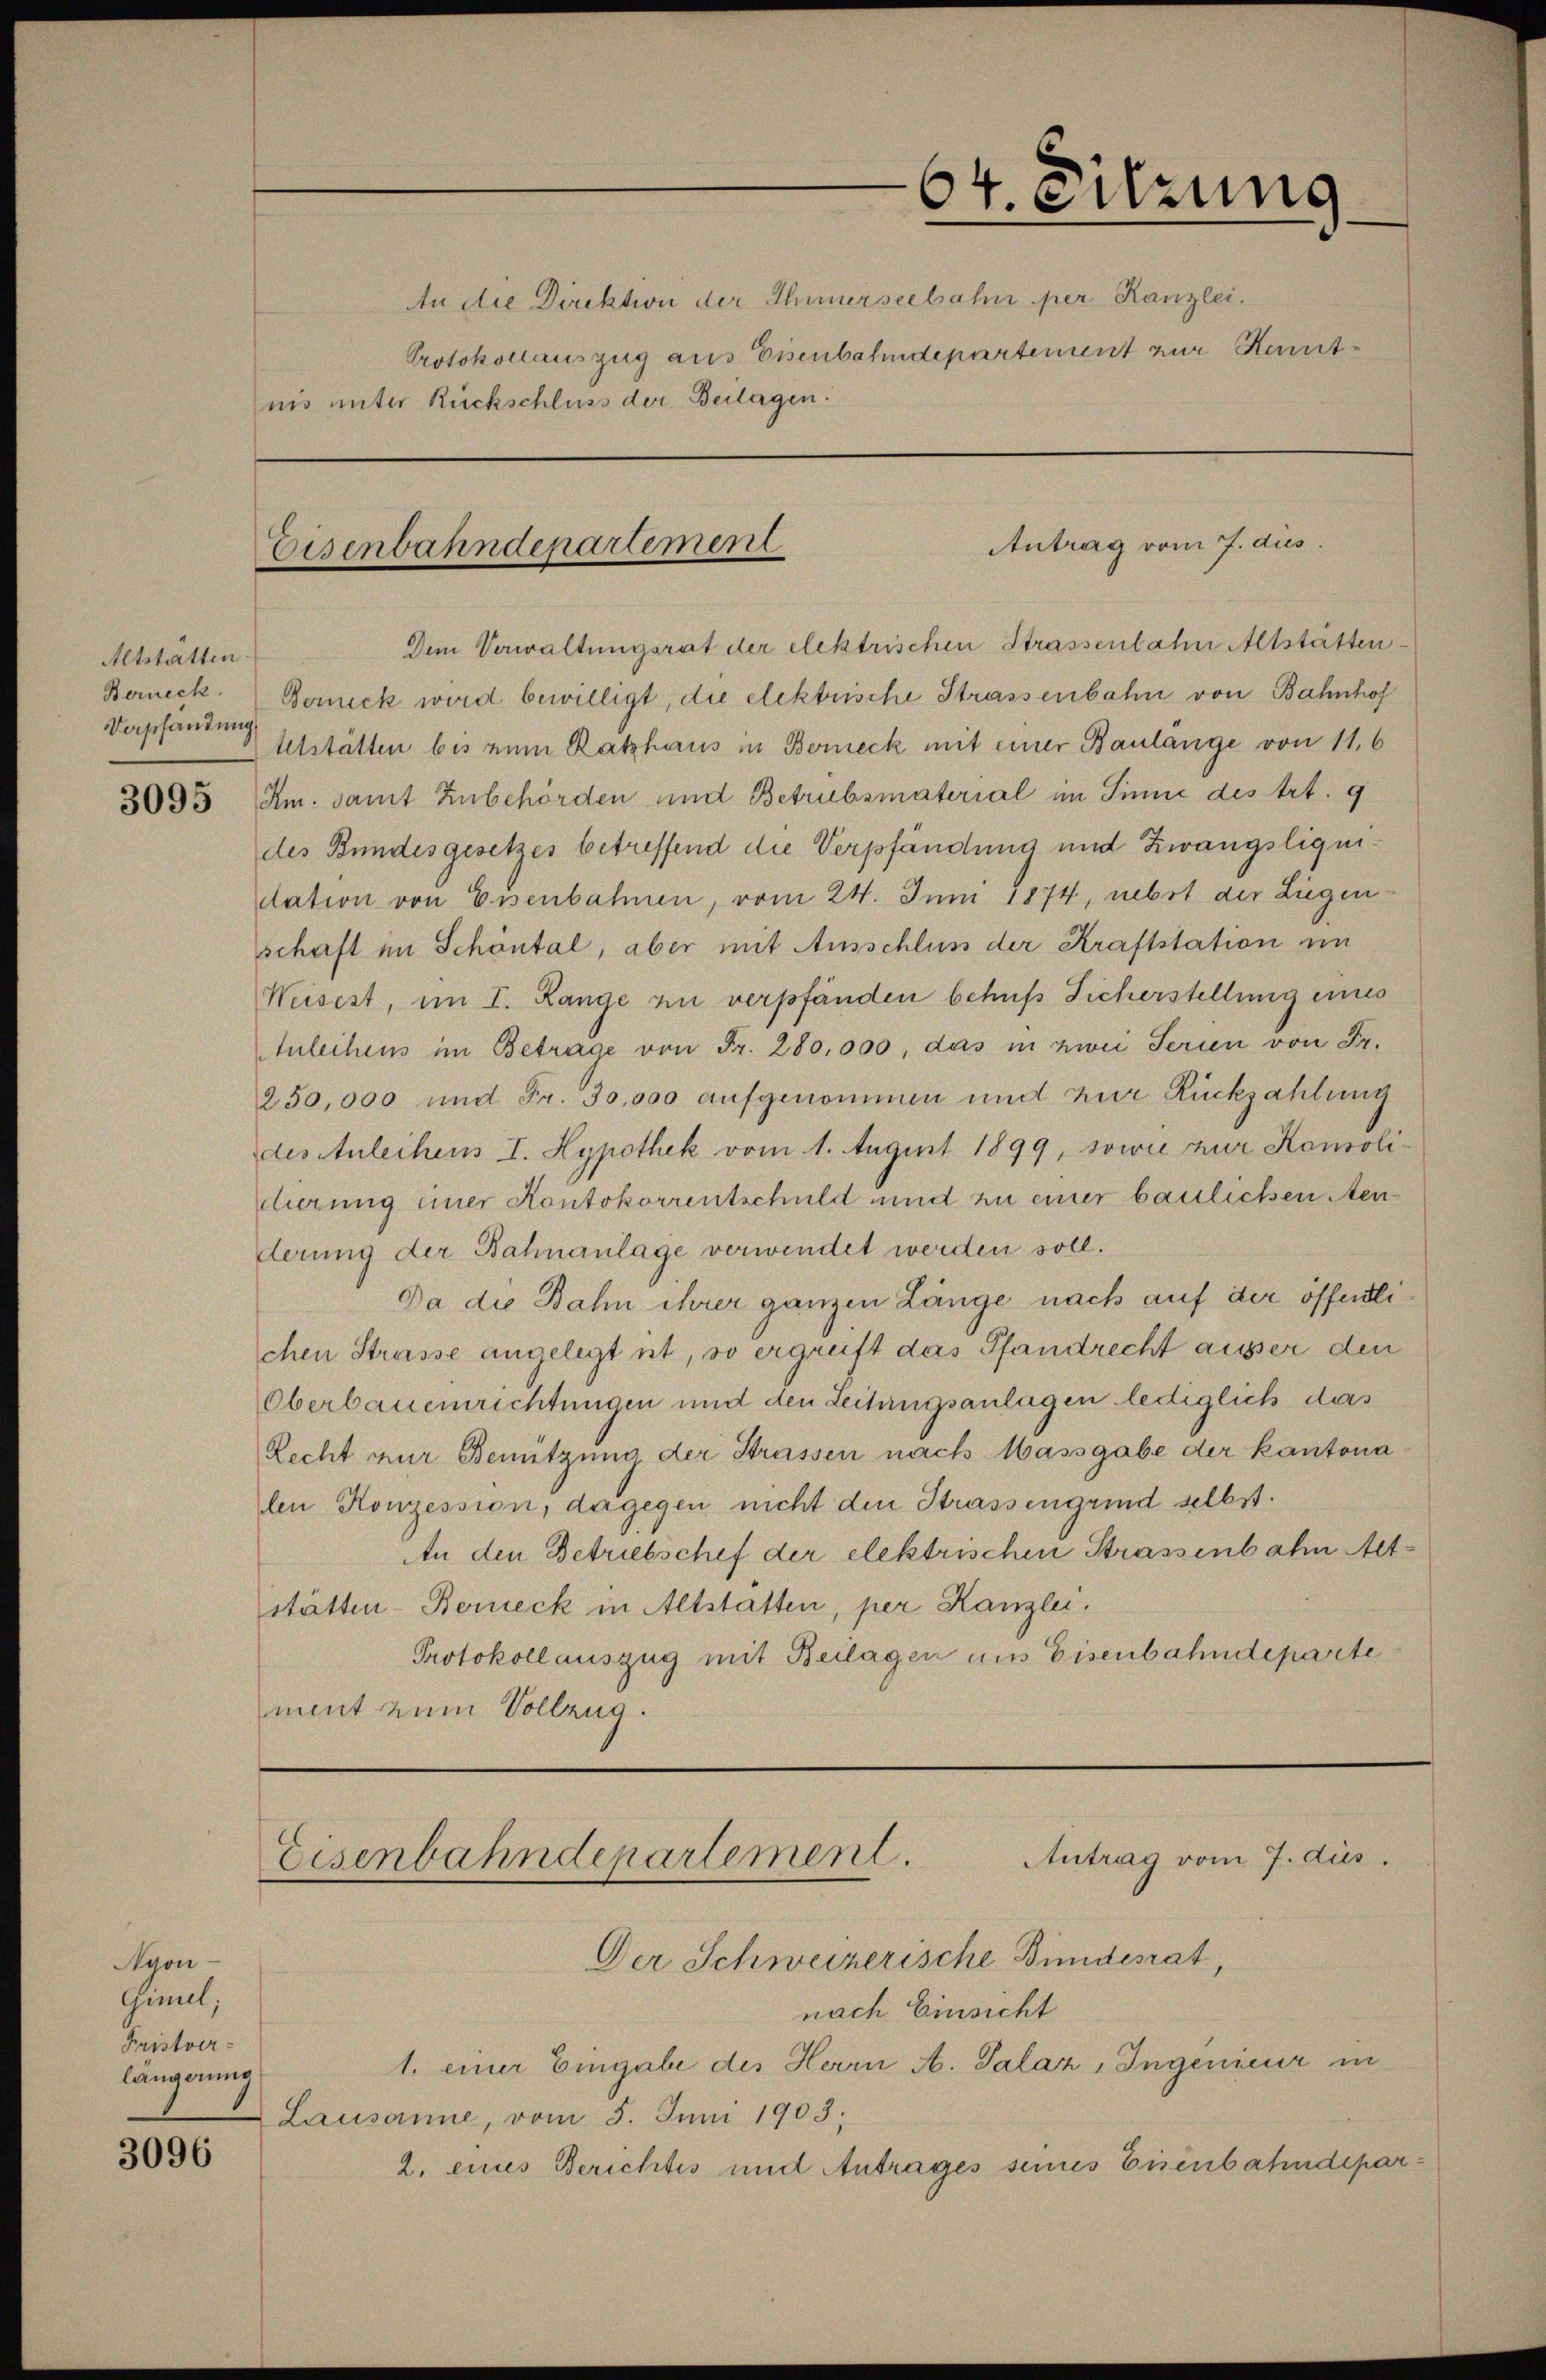
Altstätten
Berneck.
Dashandung

Syon-
Gimel;
Fristverlängerung
1.

3096

nis unter Rückschluss der Beilagen.

Eisenbahndenartement

Dem Verwaltungsrat der elektrischen Strassenbahn Altstätten
Bonick wird bewilligt, die elektrische Strassenbahn von Bahnhof
telstätten bis nun Rathhaus in Berneck mit einer Baulänge von 11. 6
3095 Am. samt Zubehörden und Betrubsmaterial im Sinne des Art. 9
des Bundesgesetzes betreffend die Verpfändung und Zwangsliquidation von Eisenbahnen, vom 24. Juni 1874, nebst der Liegenschaft im Schontal, aber mit Ausschlum der Kraftstation im
Weisest, im I. Lange zu verpfänden behufs Sicherstellung eines
Anleihens im Betrage von Fr. 280,000, das in zwei Serien von Fr.
250,000 und Fr. 30,000 aufgenommen und zur Rückzahlung
des Anleihens I. Hypothek vom 1. August 1899, sowie zur Konsolidirung einer Kontokorrentschuld und zu einer baulichen Senderung der Bahnanlage verwendet werden soll.
Da die Bahn ihrer ganzen Länge nach auf der öffentlichen Strasse angelegt ist, so ergreift das Pfandrecht ausser den
Oberbauenrichtungen und den Leitungsanlagen lediglich das
Recht nur Benützung der Strassen nach Massgabe der kantona
len Konzession, dagegen nicht den Strassengrund selbst.
An den Betriebschef der elektrischen Strassenbahn etstätten-Berneck in Altstatten, per Kanzlei.
Protokoll auszug mit Beilagen uns Eisenbahndeparte
ment zum Vollzug.

64. Sitzung
An die Direktion der Innerseebahn per Kanzlei.
Protokollauszug aus Eisenbahndepartement zur Kennt¬

Antrag vom 7. dus.

Antrag vom 7. Aus
Eisenbahndepartement.

Der Schweizerische Bindesrat,
nach Einsicht
1. einer Eingabe des Herrn A. Salaz, Ingenieur u
Lausanne, vom 5. Juni 1903.
2. eines Berichtes und Antrages seines Eisenbahndepar